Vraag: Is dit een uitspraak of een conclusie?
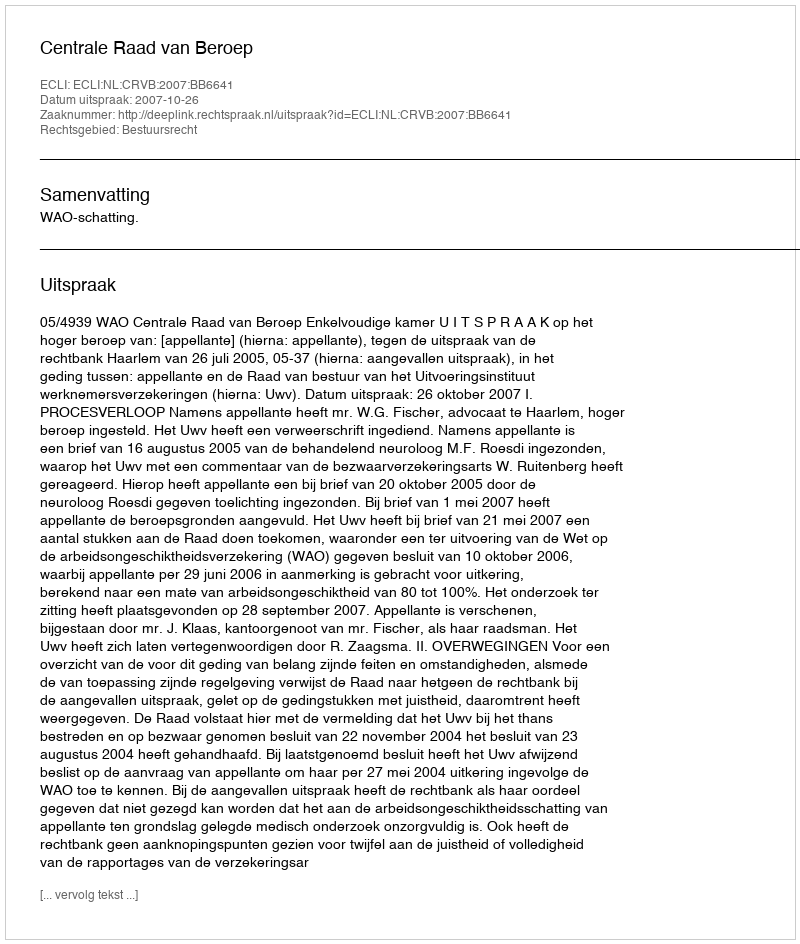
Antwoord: Uitspraak